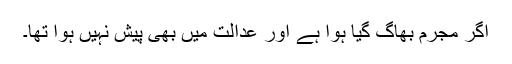
اگر مجرم بھاگ گیا ہوا ہے اور عدالت میں بھی پیش نہیں ہوا تھا۔